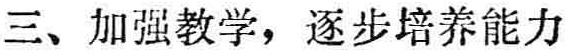
三、加强教学，逐步培养能力